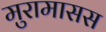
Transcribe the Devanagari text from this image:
मुरामासस